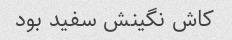
کاش نگینش سفید بود